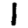
Digit: 1